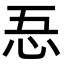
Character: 忢